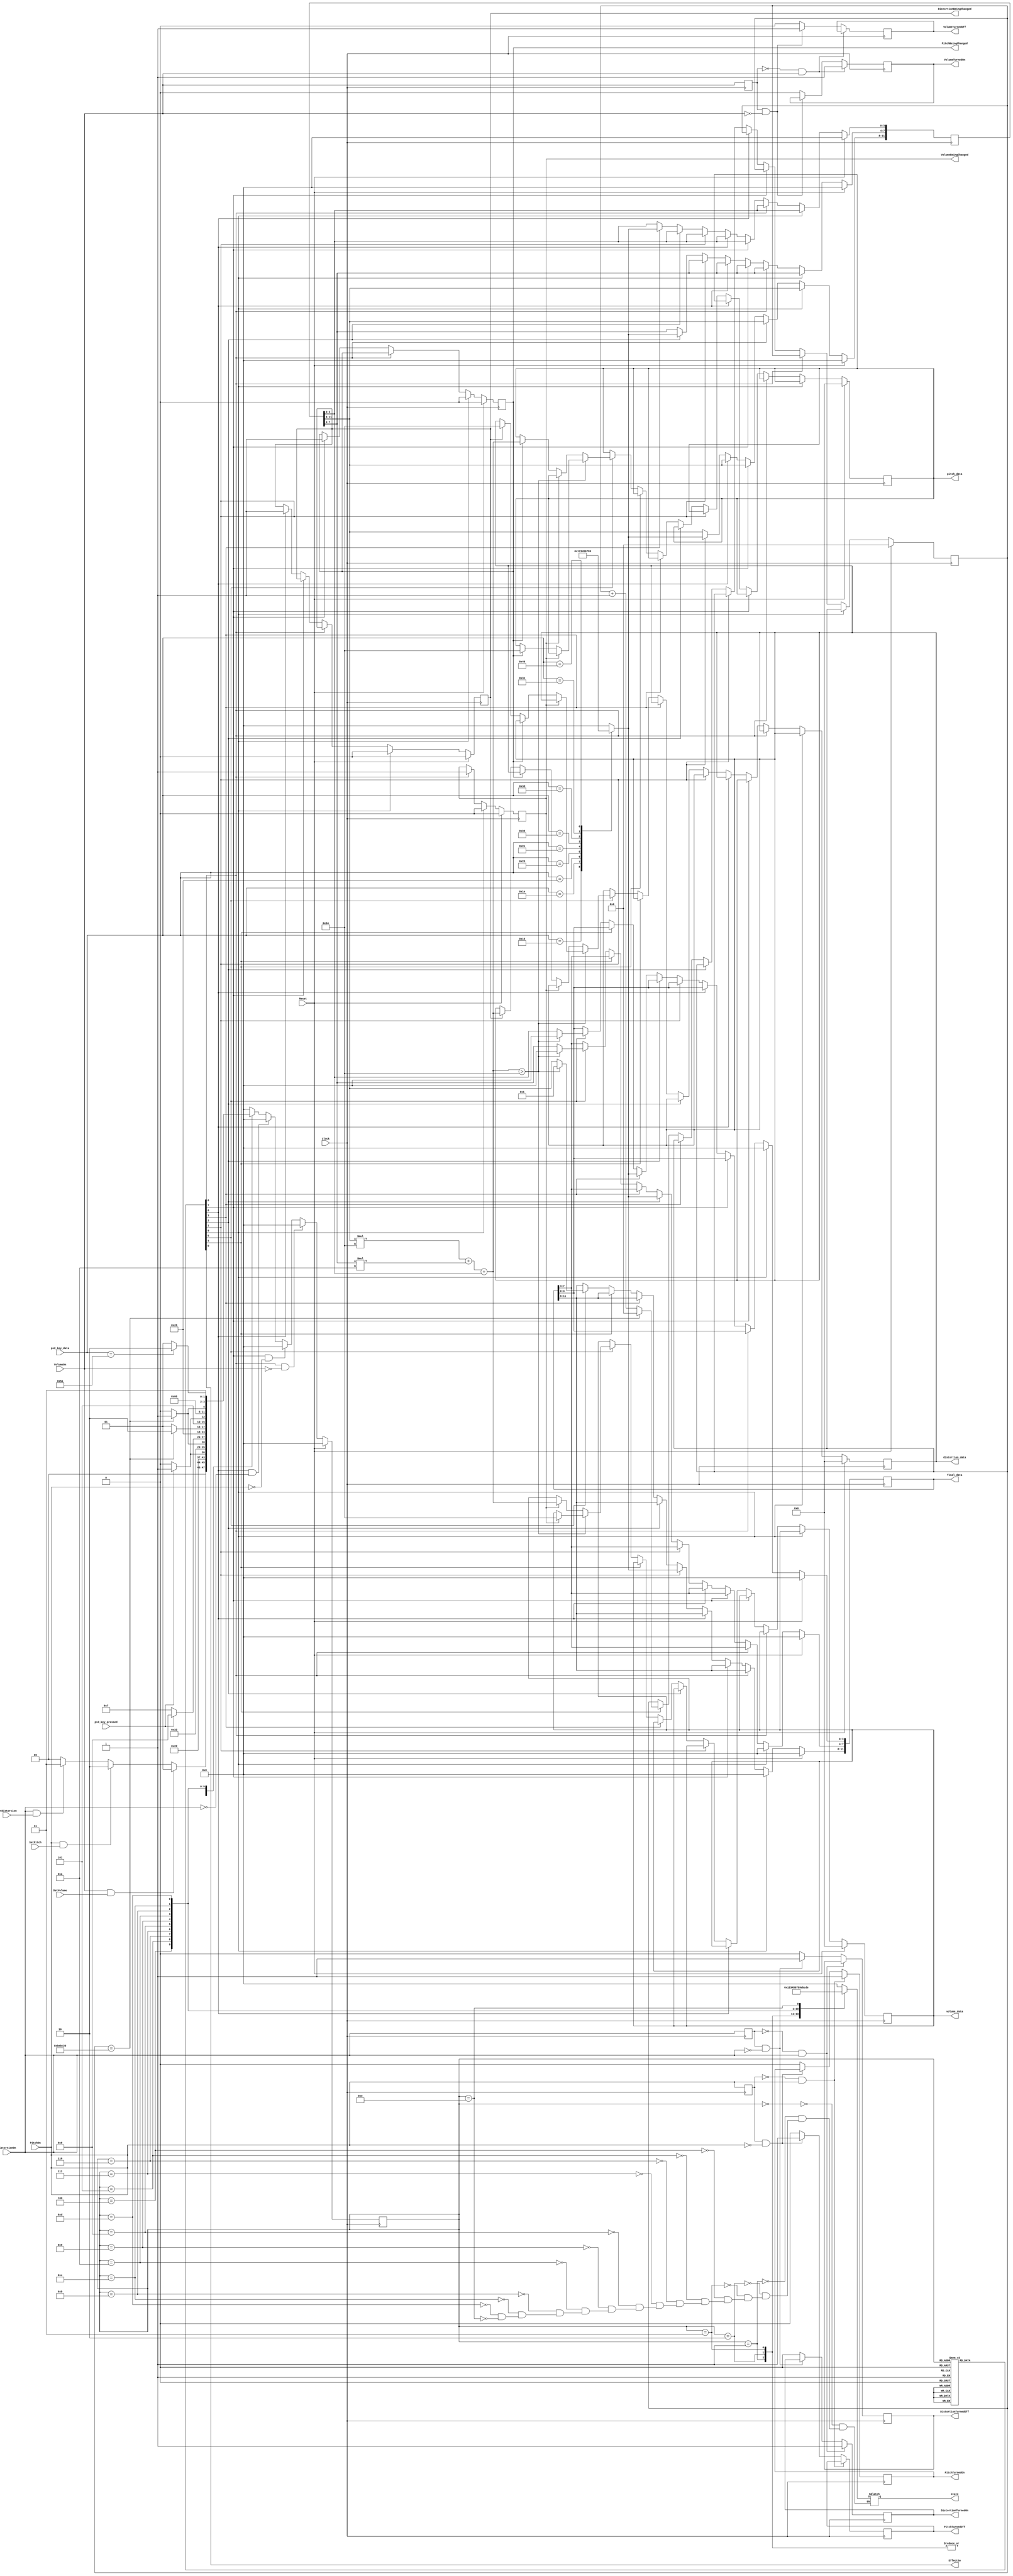
module PS2_Demo (
	// Inputs
	Clock,
	Reset,
	ps2_key_data,
	ps2_key_pressed,
	VolumeOn,
	PitchOn,
	DistortionOn,
	SetVolume,
	SetPitch,
	SetDistortion,
	
	// Outputs
	VolumeTurnedOn,
	PitchTurnedOn,
	DistortionTurnedOn,
	VolumeTurnedOff,
	PitchTurnedOff,
	DistortionTurnedOff,
	VolumeBeingChanged,
	PitchBeingChanged,
	DistortionBeingChanged,
	EffectGo,
	volume_data,
	pitch_data,
	distortion_data,
	final_data,
	state
);

/*****************************************************************************
 *                           Parameter Declarations                          *
 *****************************************************************************/

parameter 	S_MAIN 			= 4'd0,
				S_VOLUME 		= 4'd1,
				S_PITCH 			= 4'd2,
				S_DISTORTION 	= 4'd3,
				S_L1 				= 4'd4,
				S_L1_SAVE 		= 4'd5,
				S_L1_WAIT 		= 4'd6,
				S_L2 				= 4'd7,
				S_L2_SAVE 		= 4'd8,
				S_L2_WAIT 		= 4'd9,
				S_L3 				= 4'd10,
				S_L3_SAVE 		= 4'd11,
				S_L3_WAIT 		= 4'd12,
				S_SETDATA		= 4'd13,
				S_OUTPUT			= 4'd14;

/*****************************************************************************
 *                             Port Declarations                             *
 *****************************************************************************/

// Inputs
input				Clock;
input				Reset;
input 	[7:0] ps2_key_data;
input				ps2_key_pressed;
input				VolumeOn;
input 			PitchOn;
input				DistortionOn;
input				SetVolume;
input				SetPitch;
input 			SetDistortion;

// Outputs
output reg			VolumeTurnedOn;
output reg			PitchTurnedOn;
output reg 			DistortionTurnedOn;
output reg			VolumeTurnedOff;
output reg			PitchTurnedOff;
output reg			DistortionTurnedOff;
output reg			VolumeBeingChanged;
output reg			PitchBeingChanged;
output reg 			DistortionBeingChanged;
output reg 			EffectGo;
output reg 	[6:0] volume_data;
output reg 	[6:0] pitch_data;
output reg 	[6:0] distortion_data;
output reg [11:0] final_data;
output reg  [3:0] state;


/*****************************************************************************
 *                 Internal Wires and Registers Declarations                 *
 *****************************************************************************/

// Internal Wires
reg		[3:0] input_num;
reg				Pre_VSwitch;
reg				Pre_PSwitch;
reg				Pre_DSwitch;
reg				MainGo;
reg				Load1;
reg				Load2;
reg				Load3;
reg				Count;
reg				CalculateData;
reg				VolumeGo;
reg				PitchGo;
reg				DistortionGo;

// Internal Registers
reg		[3:0] current_state;
reg		[3:0] next_state;
reg	  [23:0] counter;
reg 	  [11:0] data;

// State Machine Registers

/*****************************************************************************
 *                         Finite State Machine(s)                           *
 *****************************************************************************/


/*****************************************************************************
 *                             Sequential Logic                              *
 *****************************************************************************/

// Logic for NEWLY-flipped switches
always @(posedge Clock)
begin
	Pre_VSwitch <= VolumeOn;
	Pre_PSwitch <= PitchOn;
	Pre_DSwitch <= DistortionOn;
	
	if (Pre_VSwitch == 1'b0 && VolumeOn == 1'b1) begin
		VolumeTurnedOn 	<= 1'b1;
	end else if (Pre_VSwitch == 1'b1 && VolumeOn == 1'b0) begin
		VolumeTurnedOff 	<= 1'b1;
	end else begin
		VolumeTurnedOn 	<= 1'b0;
		VolumeTurnedOff	<= 1'b0;
	end
	
	if (Pre_PSwitch == 1'b0 && PitchOn == 1'b1) begin
		PitchTurnedOn 		<= 1'b1;
	end else if (Pre_PSwitch == 1'b1 && PitchOn == 1'b0) begin
		PitchTurnedOff 	<= 1'b1;
	end else begin
		PitchTurnedOn 		<= 1'b0;
		PitchTurnedOff		<= 1'b0;
	end
	
	if (Pre_DSwitch == 1'b0 && DistortionOn == 1'b1) begin
		DistortionTurnedOn 	<= 1'b1;
	end else if (Pre_DSwitch == 1'b1 && DistortionOn == 1'b0) begin
		DistortionTurnedOff 	<= 1'b1;
	end else begin
		DistortionTurnedOn 	<= 1'b0;
		DistortionTurnedOff	<= 1'b0;
	end
end

 
// Always block to convert ps2_key_data into numbers
always @(*)
begin
	case (ps2_key_data)
		8'h45: input_num = 4'b0000; 		//0
		8'h16: input_num = 4'b0001; 		//1
		8'h1E: input_num = 4'b0010; 		//2
		8'h26: input_num = 4'b0011; 		//3
		8'h25: input_num = 4'b0100; 		//4
		8'h2E: input_num = 4'b0101; 		//5
		8'h36: input_num = 4'b0110; 		//6
		8'h3D: input_num = 4'b0111; 		//7
		8'h3E: input_num = 4'b1000; 		//8
		8'h46: input_num = 4'b1001; 		//9
		default: input_num = 4'b0000;
	endcase
end
		

// FSM to accept 3 user-inputted numbers
always @(*) 
begin
	case (current_state)
		S_MAIN: begin
			state = 4'd0;
			if (VolumeOn && SetVolume) begin
				next_state = S_VOLUME;
			end else if (PitchOn && SetPitch) begin
				next_state = S_PITCH;
			end else if (DistortionOn && SetDistortion) begin 
				next_state = S_DISTORTION;
			end else begin
				next_state = S_MAIN;
			end
		end
		
		// Purpose of these states is to set control signals
		S_VOLUME: 		begin state = 4'd1; next_state = S_L1;	end
		S_PITCH: 		begin state = 4'd2; next_state = S_L1;	end
		S_DISTORTION: 	begin state = 4'd3; next_state = S_L1;	end
		
		S_L1: begin
			state = 4'd4;
			if (ps2_key_pressed) begin
				next_state = S_L1_SAVE;
			end else begin
				next_state = S_L1;
			end
		end
		
		S_L1_SAVE: begin state = 4'd5; next_state = S_L1_WAIT; end
		
		S_L1_WAIT: begin
			state = 4'd6; 
			if (counter == 24'd12500000) begin
				next_state = S_L2;
			end else begin
				next_state = S_L1_WAIT;
			end
		end
		
		S_L2: begin
			state = 4'd7; 
			if (ps2_key_pressed) begin
				next_state = S_L2_SAVE;
			end else begin
				next_state = S_L2;
			end
		end
		
		S_L2_SAVE: begin state = 4'd8; next_state = S_L2_WAIT; end
		
		S_L2_WAIT: begin
			state = 4'd9; 
			if (counter == 24'd12500000) begin
				next_state = S_L3;
			end else begin
				next_state = S_L2_WAIT;
			end
		end
		
		S_L3: begin
			state = 4'd10; 
			if (ps2_key_pressed) begin
				next_state = S_L3_SAVE;
			end else begin
				next_state = S_L3;
			end
		end
		
		S_L3_SAVE: begin state = 4'd11; next_state = S_L3_WAIT; end
		
		S_L3_WAIT: begin
			state = 4'd12; 
			if (counter == 24'd12500000) begin
				next_state = S_SETDATA;
			end else begin
				next_state = S_L3_WAIT;
			end
		end
		
		S_SETDATA: begin
			state = 4'd13; 
			if (ps2_key_data == 8'h5A) begin
				next_state = S_OUTPUT;
			end else begin
				next_state = S_SETDATA; 
			end
		end
		
		S_OUTPUT: begin state = 4'd14; next_state = S_MAIN; end
			
		default: next_state = S_MAIN;
	endcase
end

always @(posedge Clock)
begin
	if (Reset) begin
		current_state <= S_MAIN;
	end else if(VolumeGo && !VolumeOn) begin
		current_state <= S_MAIN;
	end else if (PitchGo && !PitchOn) begin
		current_state <= S_MAIN;
	end else if (DistortionGo && !DistortionOn) begin
		current_state <= S_MAIN; 
	end else begin		
		current_state <= next_state;
	end
end


// Control Signals
always @(*)
begin
	MainGo			= 1'b0;
	VolumeGo			= 1'b0;
	PitchGo			= 1'b0;
	DistortionGo	= 1'b0;
	EffectGo			= 1'b0;
	Load1				= 1'b0;
	Load2				= 1'b0;
	Load3				= 1'b0;
	Count				= 1'b0;
	CalculateData 	= 1'b0;
	case (current_state)
		S_MAIN: begin
			MainGo = 1'b1;
		end
		S_VOLUME: begin VolumeGo = 1'b1; end
		S_PITCH: begin PitchGo = 1'b1; end
		S_DISTORTION: begin DistortionGo = 1'b1; end
		S_L1_SAVE: begin Load1 = 1'b1; end
		S_L1_WAIT: begin Count = 1'b1; end
		S_L2_SAVE: begin Load2 = 1'b1; end		
		S_L2_WAIT: begin Count = 1'b1; end
		S_L3_SAVE: begin Load3 = 1'b1; end
		S_L3_WAIT: begin Count = 1'b1; end
		S_SETDATA: begin CalculateData = 1'b1; end
		S_OUTPUT: begin EffectGo = 1'b1; end
	endcase
end

// Datapath
always @(posedge Clock)
begin
	if (Reset) begin
		VolumeBeingChanged <= 1'b0;
		PitchBeingChanged <= 1'b0;
		DistortionBeingChanged <= 1'b0;
		data					<= 12'd0;
		final_data			<= 12'd0;
		volume_data 		<= 7'd0;
		pitch_data 			<= 7'd0;
		distortion_data	<= 7'd0;
		counter 				<= 24'd0;
	end else begin
		if (MainGo) begin
			VolumeBeingChanged <= 1'b0;
			PitchBeingChanged <= 1'b0;
			DistortionBeingChanged <= 1'b0;
			final_data <= 12'd0;
		end else if (VolumeGo) begin
			VolumeBeingChanged <= 1'b1;
		end else if (PitchGo) begin
			PitchBeingChanged <= 1'b1;
		end else if (DistortionGo) begin
			DistortionBeingChanged <= 1'b1;
		end else	if (Load1) begin
			data [11:8] <= input_num;
			final_data [11:8] <= input_num;
		end else if (Load2) begin
			data [ 7:4] <= input_num;
			final_data [ 7:4] <= input_num;
		end else if (Load3) begin
			data [ 3:0] <= input_num;
			final_data [ 3:0] <= input_num;
		end else if (Count) begin
			if (counter == 24'd12500000) begin
				counter <= 24'd0;
			end else begin
				counter <= counter + 1'b1;
			end
		end else if (CalculateData) begin
			if (((data [11:8] * 7'd100) + (data [7:4] * 4'd10) + data[3:0]) > 7'd100) begin
				final_data <= 12'b000100000000;
				if (VolumeBeingChanged) begin volume_data[6:0] <= 7'd100; end
				else if (PitchBeingChanged) begin pitch_data[6:0] <= 7'd100; end
				else if (DistortionBeingChanged) begin distortion_data[6:0] <= 7'd100; end
			end else begin
				final_data <= data;
				if (VolumeBeingChanged) begin volume_data [6:0] <= ((data [11:8] * 7'd100) + (data [7:4] * 4'd10) + data[3:0]); end
				else if (PitchBeingChanged) begin pitch_data [6:0] <= ((data [11:8] * 7'd100) + (data [7:4] * 4'd10) + data[3:0]); end
				else if (DistortionBeingChanged) begin distortion_data [6:0] <= ((data [11:8] * 7'd100) + (data [7:4] * 4'd10) + data[3:0]); end
			end
		end
	end
end

endmodule